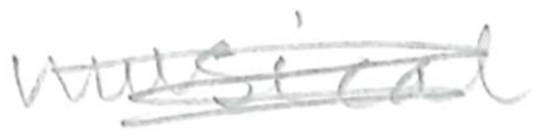
Text: musical
Cross-out: scratch
Writing tool: pencil